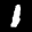
Label: 1